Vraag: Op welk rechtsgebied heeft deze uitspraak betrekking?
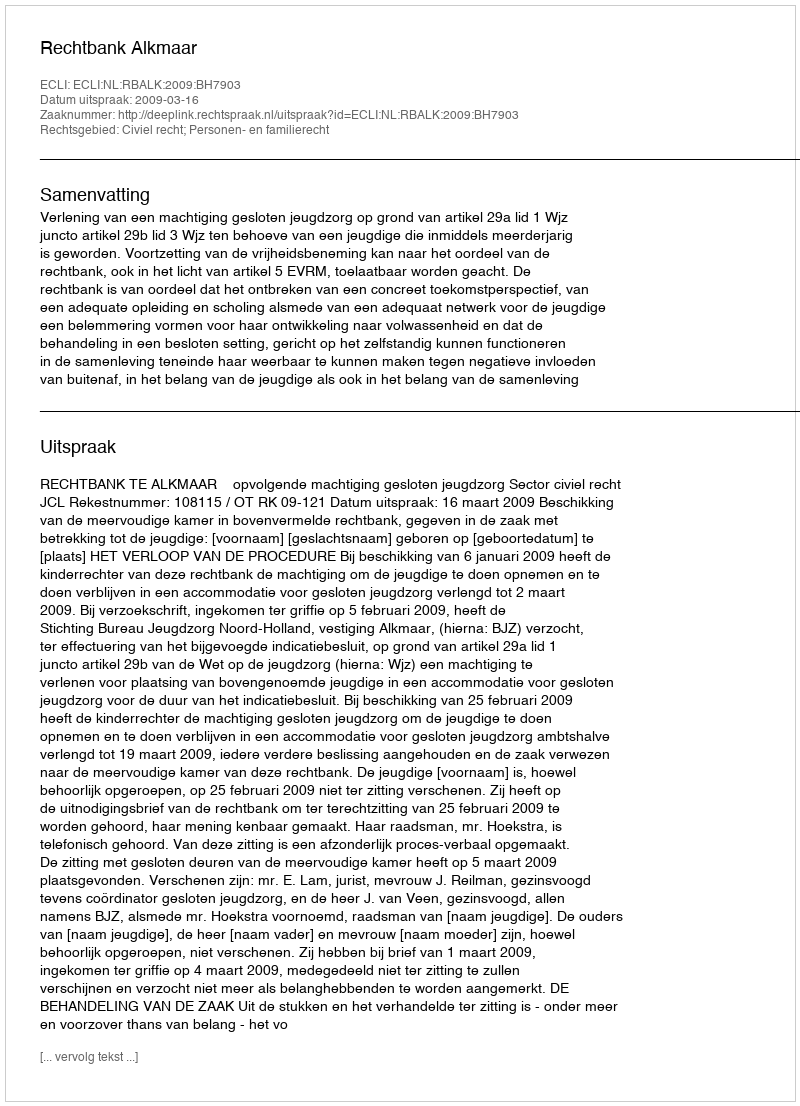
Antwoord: Civiel recht; Personen- en familierecht